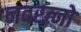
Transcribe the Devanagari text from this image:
नवरत्नो